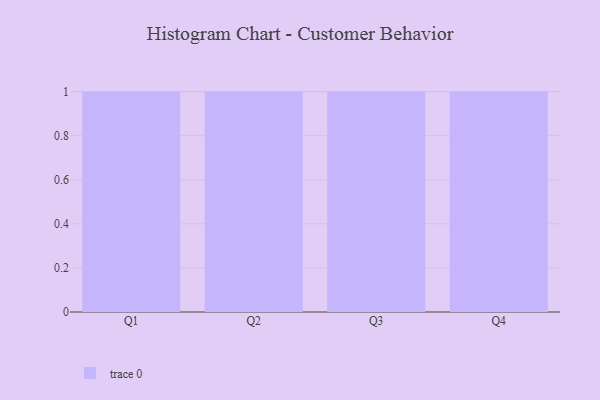
{"axis": {"x": "Quarter", "y": "Revenue (USD Million)"}, "legend": [""], "data": [{"x": "Q1", "y": 89, "type": ""}, {"x": "Q2", "y": 97, "type": ""}, {"x": "Q3", "y": 82, "type": ""}, {"x": "Q4", "y": 50, "type": ""}]}